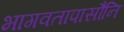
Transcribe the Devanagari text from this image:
भागवतापासौनि